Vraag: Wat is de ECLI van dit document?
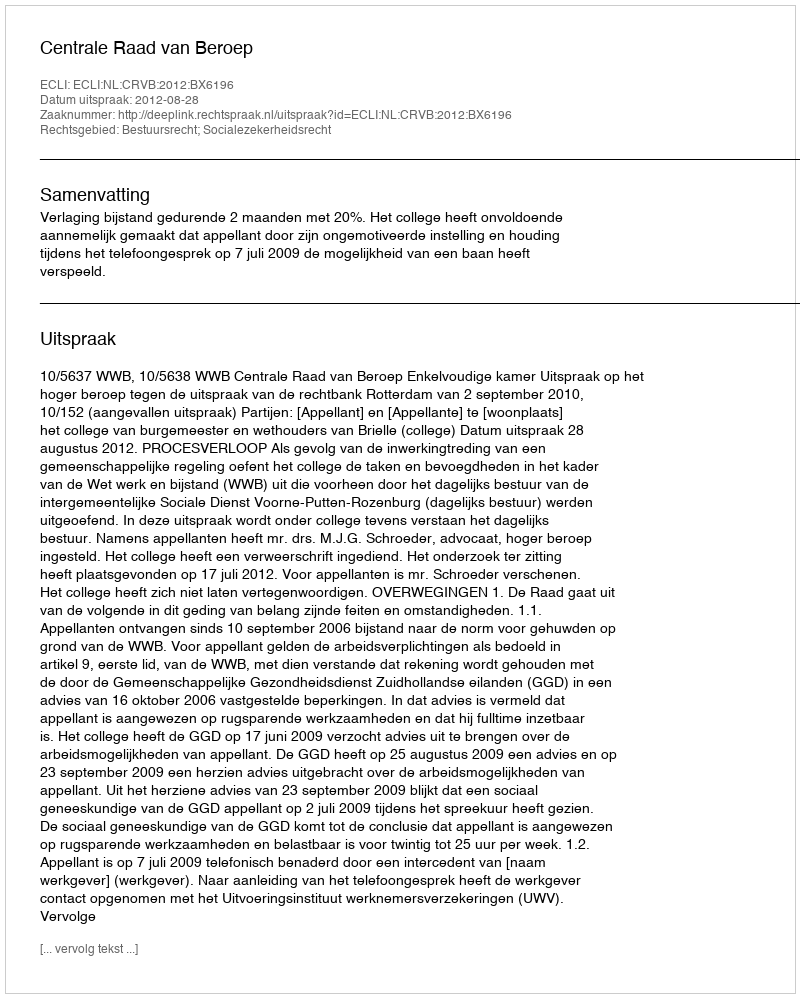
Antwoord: ECLI:NL:CRVB:2012:BX6196